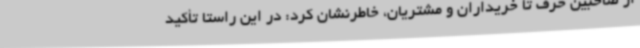
از صاحبین حرف تا خریداران و مشتریان، خاطرنشان کرد: در این راستا تأکید